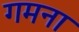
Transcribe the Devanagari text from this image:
गमना